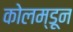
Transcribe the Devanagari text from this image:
कोलम्डून